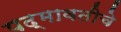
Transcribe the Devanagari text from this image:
पद्मावतीचे